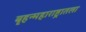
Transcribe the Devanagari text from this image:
बृहन्महाराष्ट्रातला